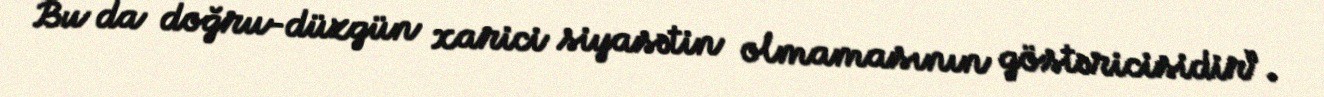
Bu da doğru-düzgün xarici siyasətin olmamasının göstəricisidir”.